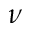
\nu